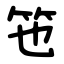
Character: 竾